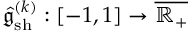
\hat { \mathfrak { g } } _ { \mathrm { s h } } ^ { ( k ) } : [ - 1 , 1 ] \to \overline { { \mathbb { R } _ { + } } }